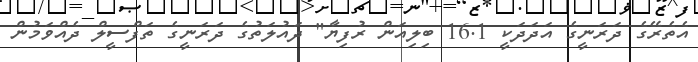
އެތެރޭގެ ދަރަނީގެ އަދަދަކީ 16.1 ބިލިއަން ރުފިޔާ" ދައުލަތުގެ ދަރަނީގެ ތަފްސީލް ދެއްވަމުން